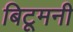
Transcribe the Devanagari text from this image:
बिटूमनी